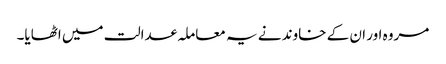
مروہ اور ان کے خاوند نے یہ معاملہ عدالت میں اٹھایا۔